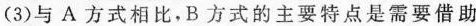
(3)与A方式相比，B方式的主要特点是需要借助